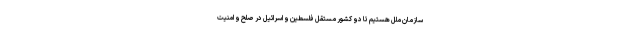
سازمان ملل هستیم تا دو کشور مستقل فلسطین و اسرائیل در صلح و امنیت